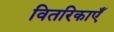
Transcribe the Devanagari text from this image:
वितरिकाएँ